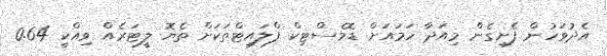
އެދުވަހުން ފެށިގެން މިއަދާ ހަަމައަށް ޑޮމެސްޓިކް ފްލައިޓްތަކަށް ތެޔޮ ލީޓަރެއް ވިއްކީ 0.64